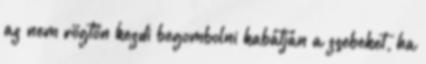
az nem rögtön kezdi begombolni kabátján a zsebeket, ha